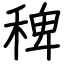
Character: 稗